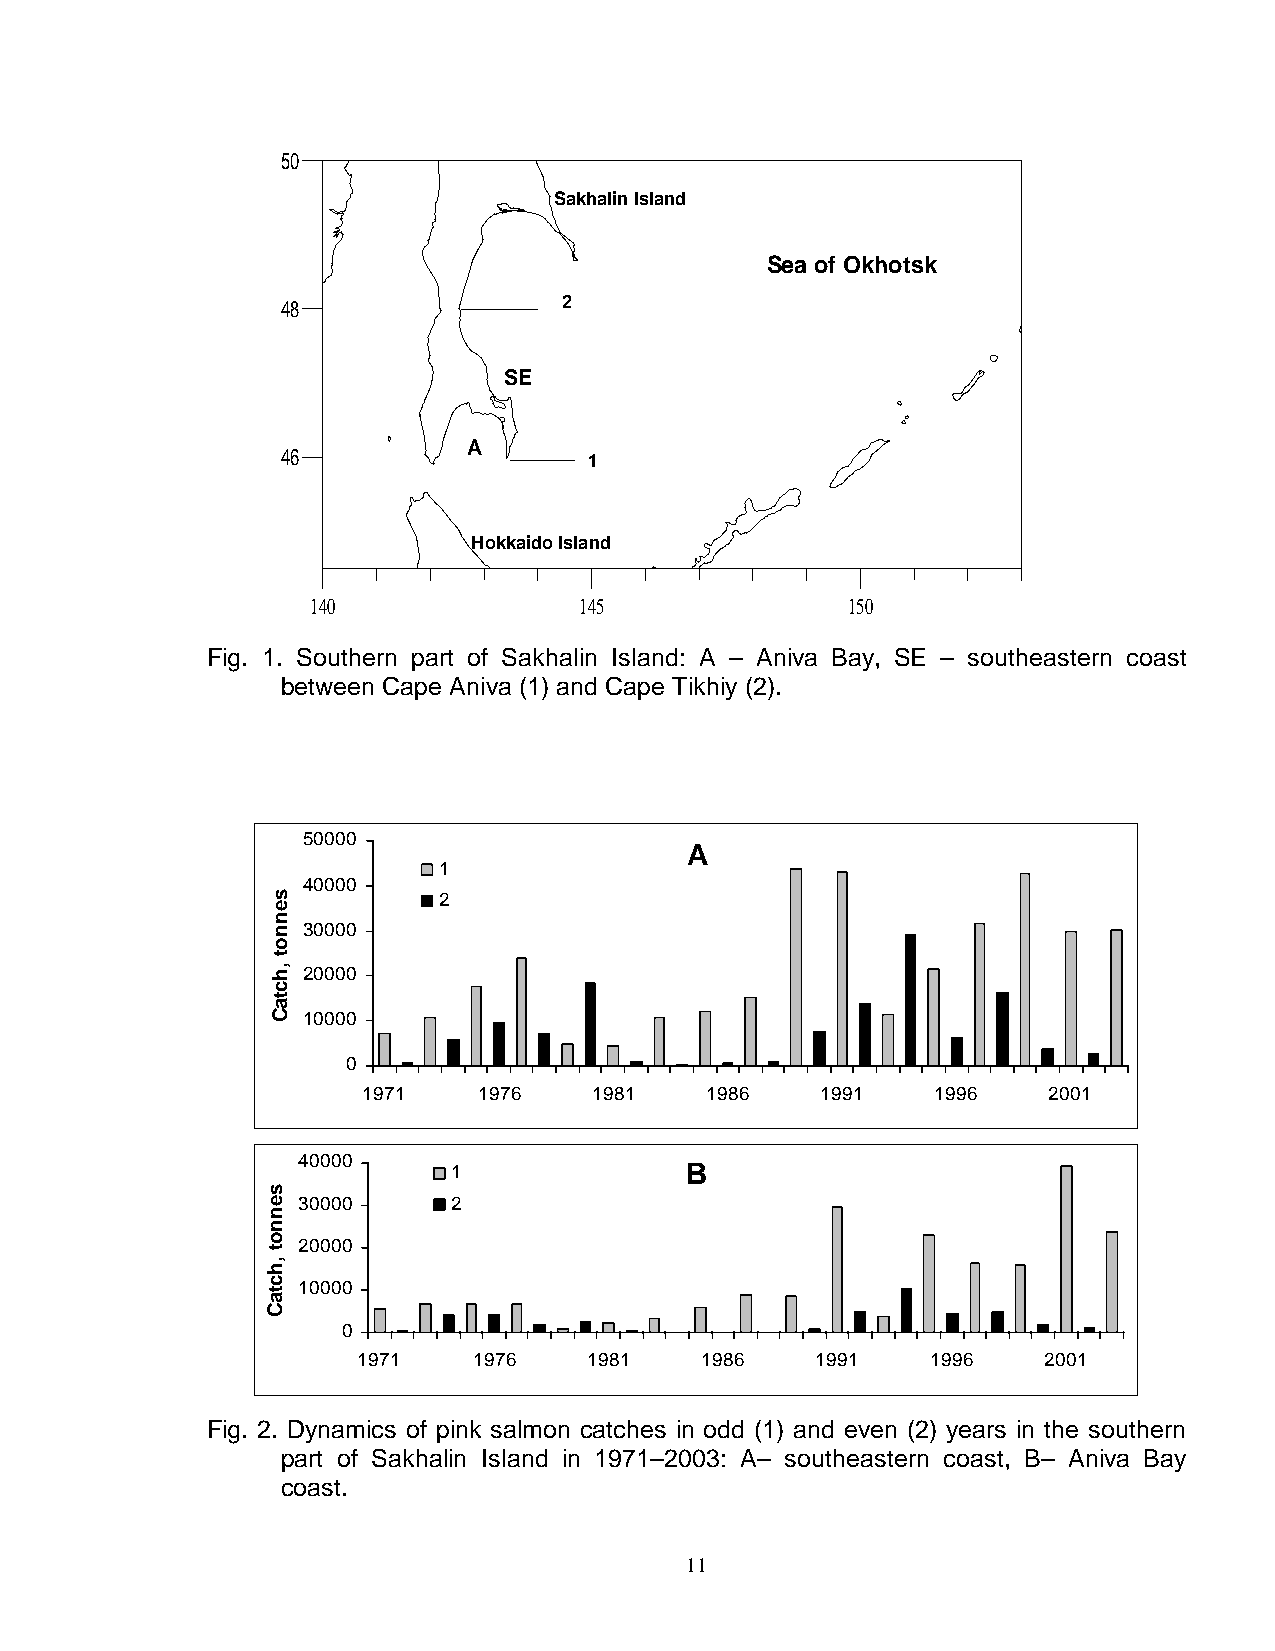
50
 Sakhalin Island
 Sea of Okhotsk
 48                2
 SE
 A
 46                  1
 Hokkaido Island
 140              145               150
 Fig. 1. Southern part of Sakhalin Island: A – Aniva Bay, SE – southeastern coast
 between Cape Aniva (1) and Cape Tikhiy (2).
 50000
 A
 1
 40000
 2
 30000
 20000
 10000
 0
 1971    1976   1981    1986   1991    1996   2001
 40000
 1              B
 30000     2
 20000
 10000
 0
 1971   1976    1981   1986    1991    1996   2001
 Fig. 2. Dynamics of pink salmon catches in odd (1) and even (2) years in the southern
 part of Sakhalin Island in 1971–2003: A– southeastern coast, B– Aniva Bay
 coast.
 11
 sennot
 ,hctaC
 sennot
 ,hctaC